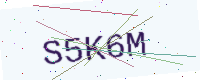
Text: S5K6M